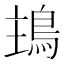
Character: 𩿢